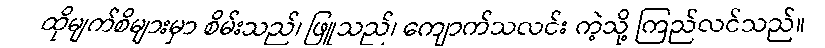
ထိုမျက်စိများမှာ စိမ်းသည်၊ ဖြူသည်၊ ကျောက်သလင်း ကဲ့သို့ ကြည်လင်သည်။